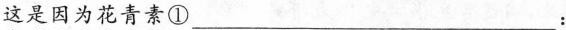
这是因为花青素①___：